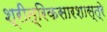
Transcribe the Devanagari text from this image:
श्रीत्रिकसारशास्त्रे